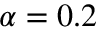
\alpha = 0 . 2